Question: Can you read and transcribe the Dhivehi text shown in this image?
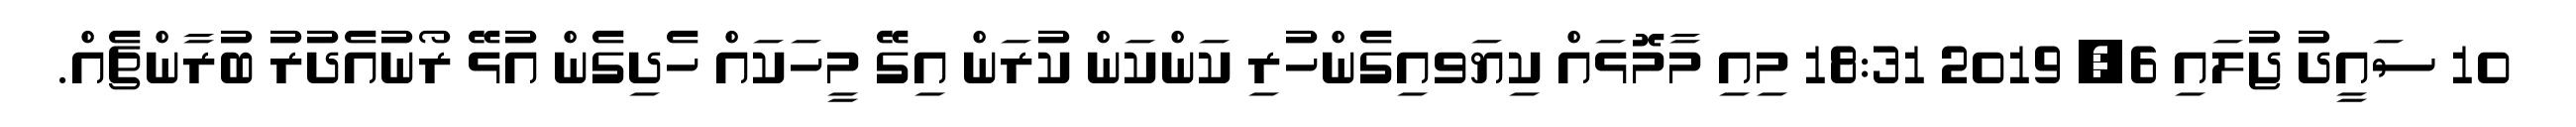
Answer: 10 ސައީދު ޖުލައި 6, 2019 18:31 މިއި މާމޮޅައް ކިޔަވއިގެންހުރި ކަންކަން ކުރަން އިގޭ މީހަކައް ހެދިގެން އުޅޭ ރޯނުއެދުރު ބުރާންޗެއް.